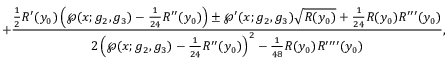
+ \frac { \frac { 1 } { 2 } R ^ { \prime } ( y _ { 0 } ) \left( \wp ( x ; g _ { 2 } , g _ { 3 } ) - \frac { 1 } { 2 4 } R ^ { \prime \prime } ( y _ { 0 } ) \right) \pm \wp ^ { \prime } ( x ; g _ { 2 } , g _ { 3 } ) \sqrt { R ( y _ { 0 } ) } + \frac { 1 } { 2 4 } R ( y _ { 0 } ) R ^ { \prime \prime \prime } ( y _ { 0 } ) } { 2 \left( \wp ( x ; g _ { 2 } , g _ { 3 } ) - \frac { 1 } { 2 4 } R ^ { \prime \prime } ( y _ { 0 } ) \right) ^ { 2 } - \frac { 1 } { 4 8 } R ( y _ { 0 } ) R ^ { \prime \prime \prime \prime } ( y _ { 0 } ) } ,